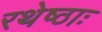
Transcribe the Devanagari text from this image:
रथेष्ठाः